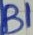
Text: B1